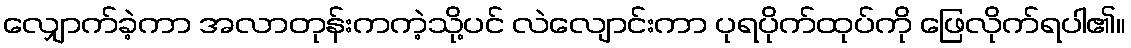
လျှောက်ခဲ့ကာ အလာတုန်းကကဲ့သို့ပင် လဲလျောင်းကာ ပုရပိုက်ထုပ်ကို ဖြေလိုက်ရပါ၏။